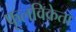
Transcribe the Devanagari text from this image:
फूलविक्रेता